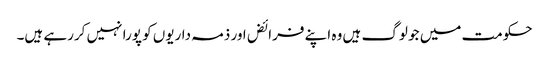
حکومت میں جو لوگ ہیں وہ اپنے فرائض اور ذمہ داریوں کو پورا نہیں کررہے ہیں۔